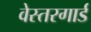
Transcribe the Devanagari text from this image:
वेस्तरगार्ड